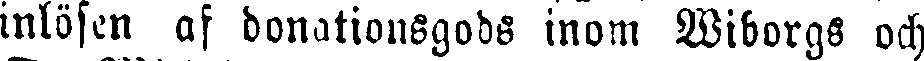
inlösen af donationsgods inom Wiborgs och